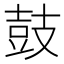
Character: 鼓